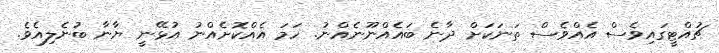
ޗުއްޓީގައިވެސް އެއްވެސް ތަނަކަށް ދާނެ ބައެއްނޫނެއްނު. ހަމަ އެއްކޮށެއްނު އުޅޭނީ ޔާނާ ބުނެލިއެވެ.